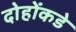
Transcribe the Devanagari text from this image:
दोहोंकडे